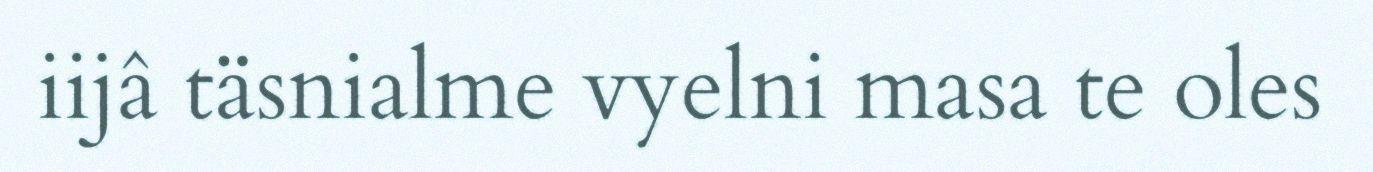
iijâ täsnialme vyelni masa te oles